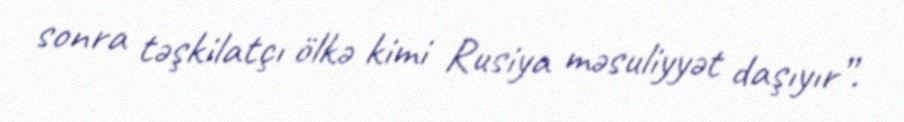
sonra təşkilatçı ölkə kimi Rusiya məsuliyyət daşıyır”.